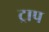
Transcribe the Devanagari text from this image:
ट्राप